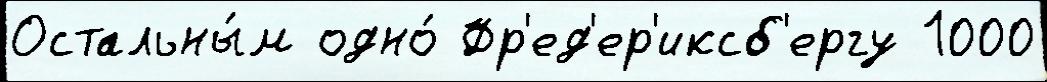
Остальны́м одно́ Фр'ед'ер'иксб'ергу 1000